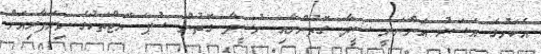
އެކަމުގެ އަސަރު އަންނަނީ ސީދާ ގޮތުންނާއި ނުސީދާ ގޮތުން ސުޕަ ޔޮޓްތަކުގެ ވިޔަފާރިއަށް